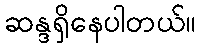
ဆန္ဒရှိနေပါတယ်။